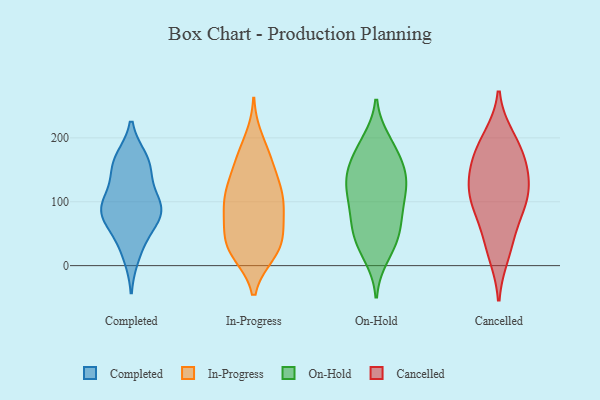
{"axis": {"x": "Humidity (%)", "y": "Value"}, "legend": ["Cancelled", "Completed", "In-Progress", "On-Hold"], "data": [{"x": "", "y": 88, "type": "Completed"}, {"x": "", "y": 68, "type": "Completed"}, {"x": "", "y": 85, "type": "Completed"}, {"x": "", "y": 166, "type": "Completed"}, {"x": "", "y": 109, "type": "Completed"}, {"x": "", "y": 41, "type": "Completed"}, {"x": "", "y": 161, "type": "Completed"}, {"x": "", "y": 93, "type": "Completed"}, {"x": "", "y": 81, "type": "Completed"}, {"x": "", "y": 146, "type": "Completed"}, {"x": "", "y": 160, "type": "Completed"}, {"x": "", "y": 89, "type": "Completed"}, {"x": "", "y": 16, "type": "Completed"}, {"x": "", "y": 20, "type": "In-Progress"}, {"x": "", "y": 108, "type": "In-Progress"}, {"x": "", "y": 156, "type": "In-Progress"}, {"x": "", "y": 90, "type": "In-Progress"}, {"x": "", "y": 131, "type": "In-Progress"}, {"x": "", "y": 19, "type": "In-Progress"}, {"x": "", "y": 19, "type": "In-Progress"}, {"x": "", "y": 54, "type": "In-Progress"}, {"x": "", "y": 32, "type": "In-Progress"}, {"x": "", "y": 30, "type": "In-Progress"}, {"x": "", "y": 100, "type": "In-Progress"}, {"x": "", "y": 198, "type": "In-Progress"}, {"x": "", "y": 86, "type": "In-Progress"}, {"x": "", "y": 116, "type": "In-Progress"}, {"x": "", "y": 91, "type": "In-Progress"}, {"x": "", "y": 171, "type": "In-Progress"}, {"x": "", "y": 52, "type": "In-Progress"}, {"x": "", "y": 126, "type": "In-Progress"}, {"x": "", "y": 54, "type": "In-Progress"}, {"x": "", "y": 168, "type": "In-Progress"}, {"x": "", "y": 135, "type": "On-Hold"}, {"x": "", "y": 194, "type": "On-Hold"}, {"x": "", "y": 97, "type": "On-Hold"}, {"x": "", "y": 71, "type": "On-Hold"}, {"x": "", "y": 16, "type": "On-Hold"}, {"x": "", "y": 139, "type": "On-Hold"}, {"x": "", "y": 113, "type": "On-Hold"}, {"x": "", "y": 158, "type": "On-Hold"}, {"x": "", "y": 88, "type": "On-Hold"}, {"x": "", "y": 48, "type": "On-Hold"}, {"x": "", "y": 139, "type": "On-Hold"}, {"x": "", "y": 143, "type": "On-Hold"}, {"x": "", "y": 185, "type": "On-Hold"}, {"x": "", "y": 59, "type": "On-Hold"}, {"x": "", "y": 45, "type": "On-Hold"}, {"x": "", "y": 28, "type": "On-Hold"}, {"x": "", "y": 182, "type": "On-Hold"}, {"x": "", "y": 114, "type": "On-Hold"}, {"x": "", "y": 149, "type": "Cancelled"}, {"x": "", "y": 115, "type": "Cancelled"}, {"x": "", "y": 200, "type": "Cancelled"}, {"x": "", "y": 103, "type": "Cancelled"}, {"x": "", "y": 167, "type": "Cancelled"}, {"x": "", "y": 43, "type": "Cancelled"}, {"x": "", "y": 83, "type": "Cancelled"}, {"x": "", "y": 104, "type": "Cancelled"}, {"x": "", "y": 187, "type": "Cancelled"}, {"x": "", "y": 18, "type": "Cancelled"}, {"x": "", "y": 142, "type": "Cancelled"}]}